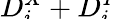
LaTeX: \smash{D_{i}^{\vec{X}}}+\smash{D_{i}^{\vec{Y}}}